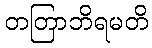
တတြာဘိရမတိ